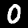
Label: 0